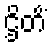
ဌိတိံ